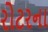
રોટરના